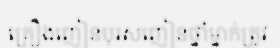
គ្រឿងញៀនបុរសញៀនថ្នាំម្នាក់ត្រូវ